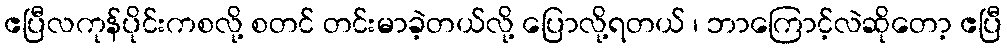
ဧပြီလကုန်ပိုင်းကစလို့ စတင် တင်းမာခဲ့တယ်လို့ ပြောလို့ရတယ် ၊ ဘာကြောင့်လဲဆိုတော့ ဧပြီ